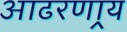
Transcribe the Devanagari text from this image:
आढरणार्‍य